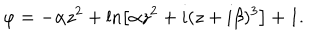
LaTeX: \varphi = - \alpha z ^ { 2 } + \ln \left[ \alpha z ^ { 2 } + i ( z + i \beta ) ^ { 3 } \right] + 1 .